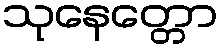
သုနေတ္တော